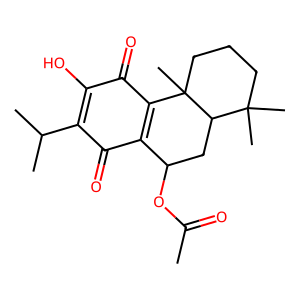
SMILES: CC(=O)OC1CC2C(C)(C)CCCC2(C)C2=C1C(=O)C(C(C)C)=C(O)C2=O
Inhibits HIV replication: No